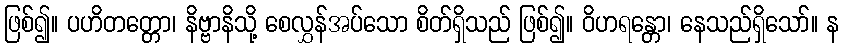
ဖြစ်၍။ ပဟိတတ္တော၊ နိဗ္ဗာနိသို့ စေလွှန်အပ်သော စိတ်ရှိသည် ဖြစ်၍။ ဝိဟရန္တော၊ နေသည်ရှိသော်။ န